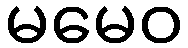
မမေဝ